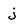
Character: j